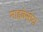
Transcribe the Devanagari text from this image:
माइनेसोटा